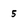
Character: 5